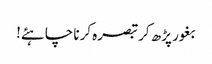
بغور پڑھ کر تبصرہ کرنا چاہئے!